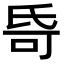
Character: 𬇌